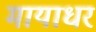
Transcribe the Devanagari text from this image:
मायाधर